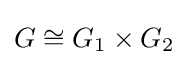
G\cong G_{1}\times G_{2}